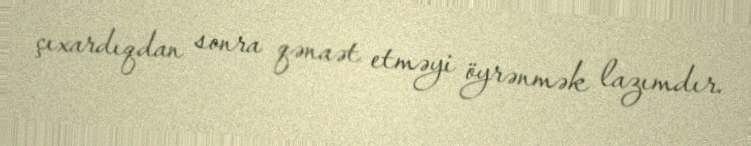
çıxardıqdan sonra qənaət etməyi öyrənmək lazımdır.